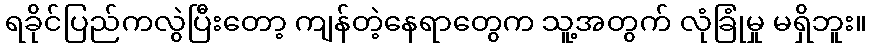
ရခိုင်ပြည်ကလွဲပြီးတော့ ကျန်တဲ့နေရာတွေက သူ့အတွက် လုံခြုံမှု မရှိဘူး။